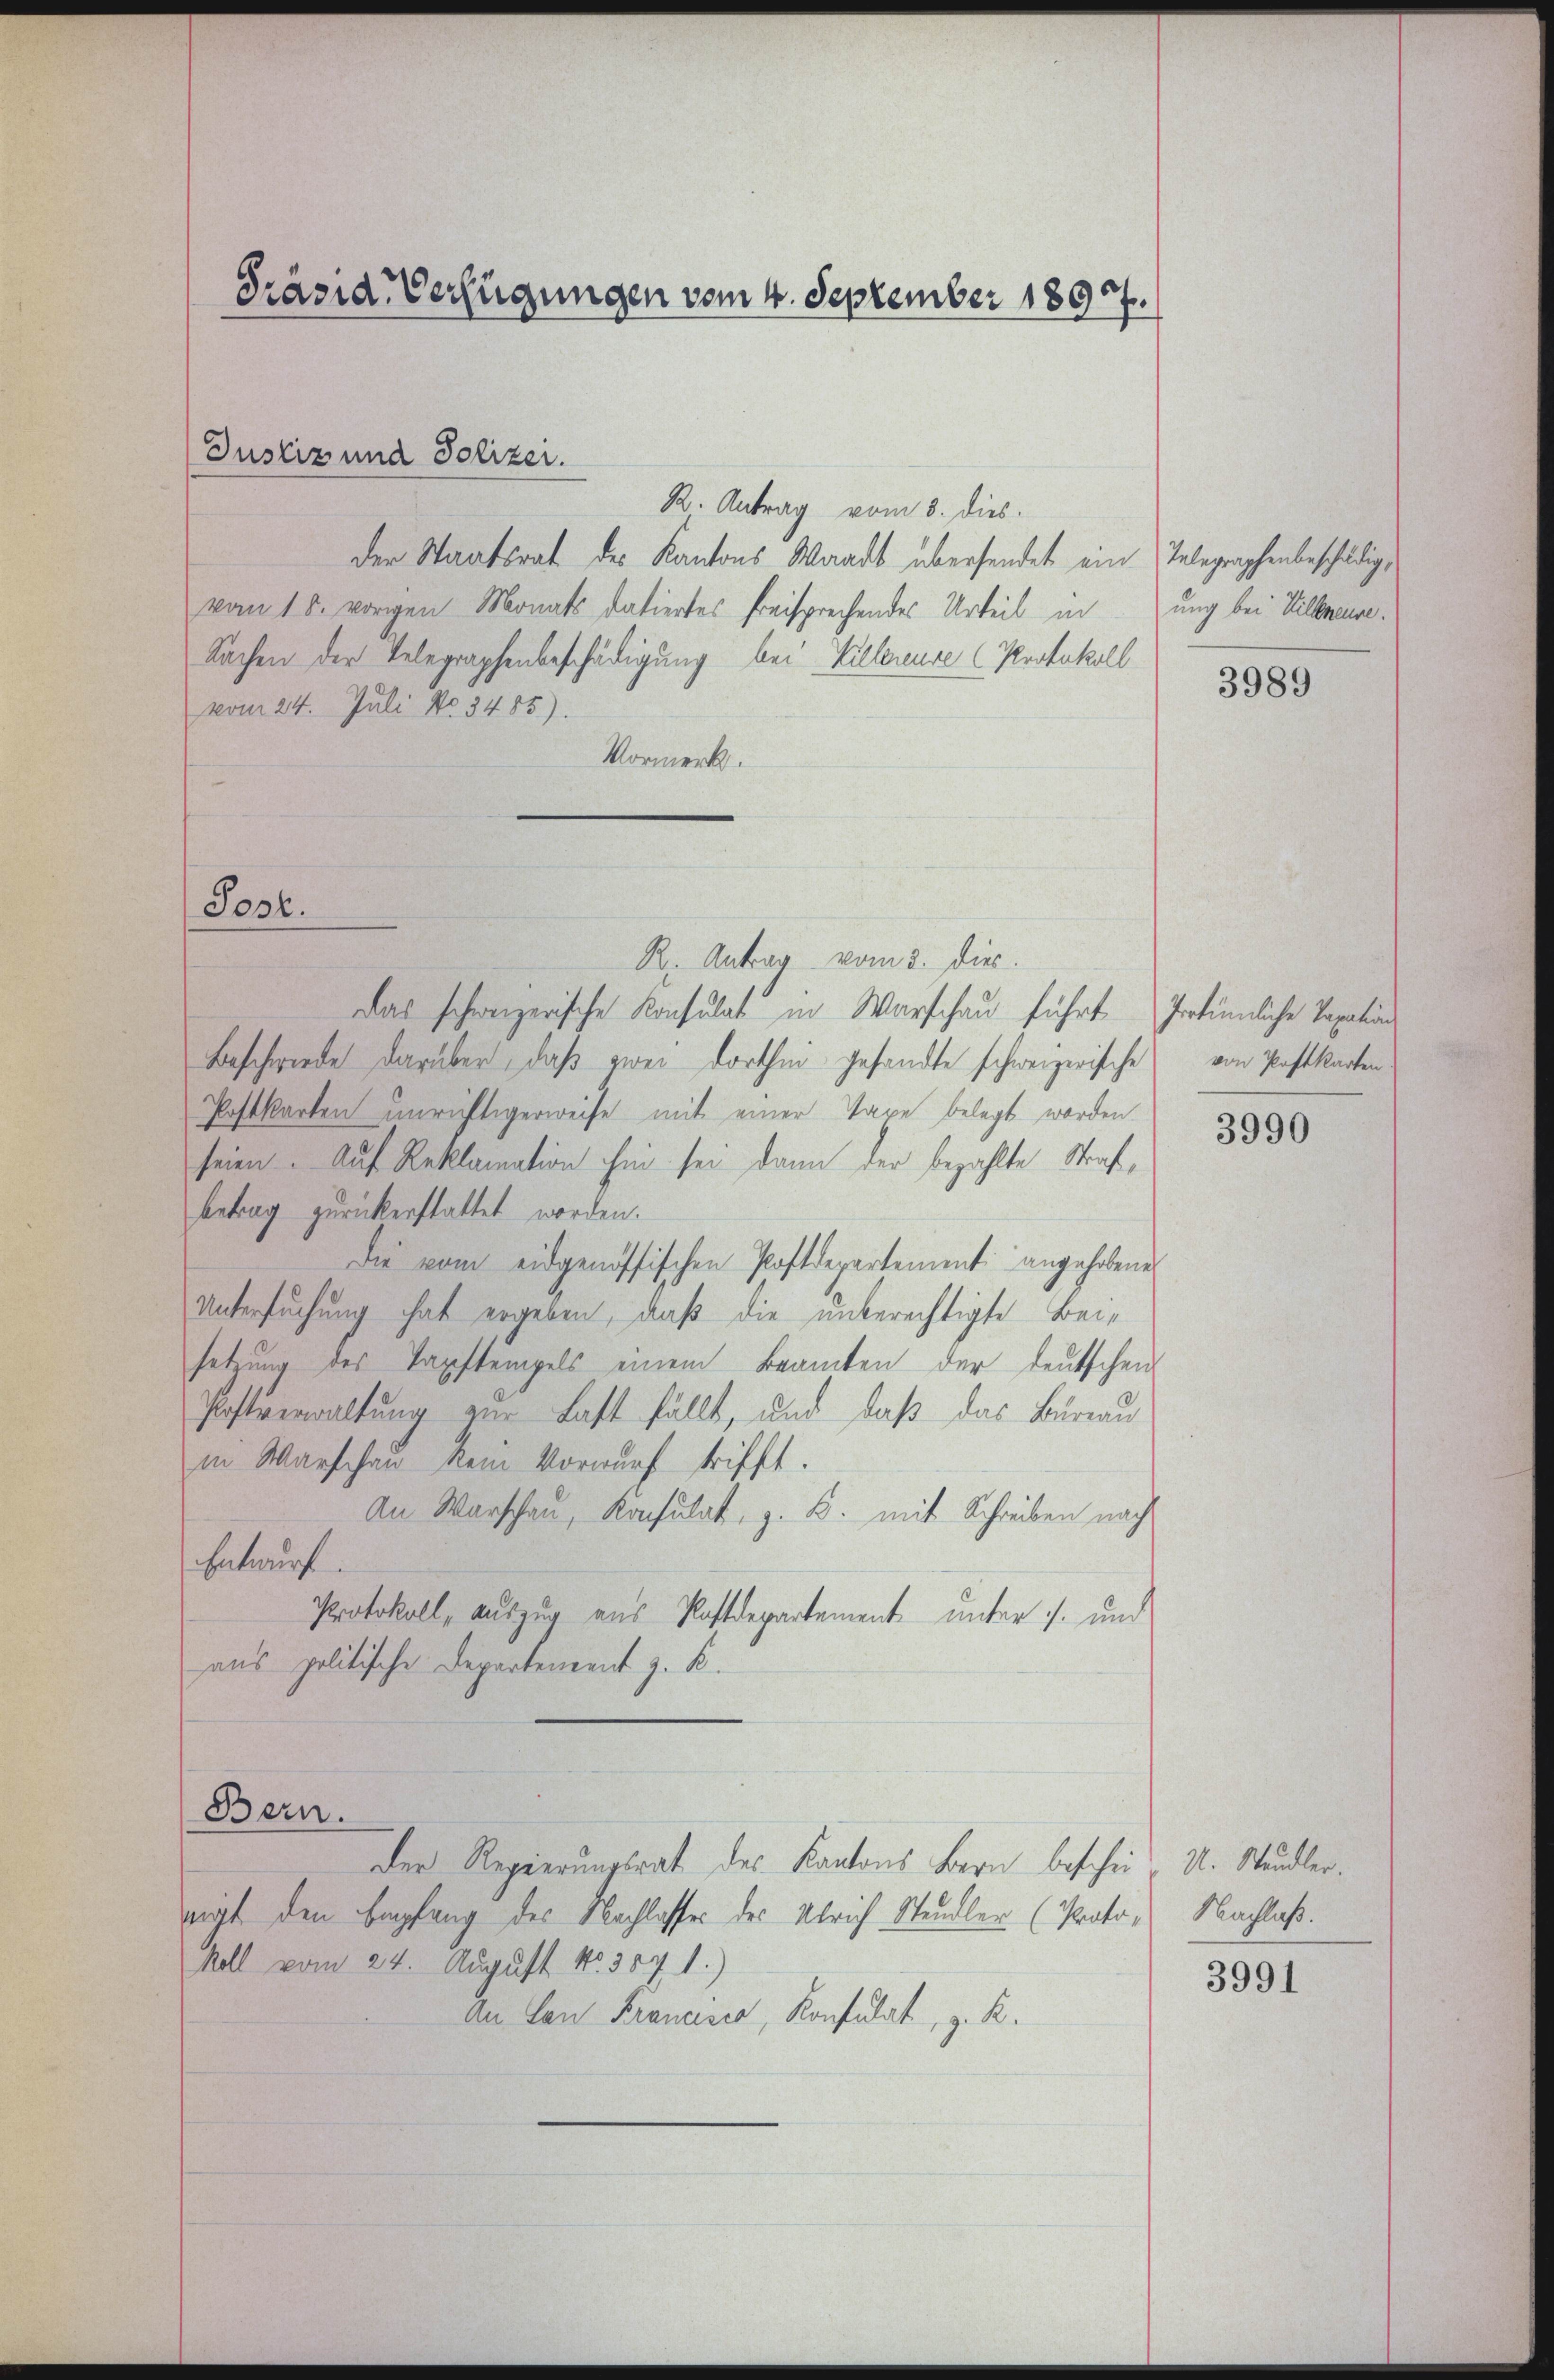
Justiz und Polizei.

R. Antrag vom 3. dies
Der Staatsrat des Kantons Waadt übersendet ein Telegraphenbeschädigvom 18. vorigen Monats datiertes freisprechendes Urteil in
Sachen der Telegraphenbeschädigung bei Villerende (Protokoll
vom 24. Juli No 3485).
Vormerk.

Post.

R. Antrag vom 3. dies.
Das schweizerische Konsulat in Warschau führt Irtümliche Taxation
Beschwerde darüber, daß zwei dorthin gesandte schweizerische von Postkarten
Postkarten unrichtigerweise mit einer Taxe belegt worden
seien. Auf Reklamation hin sei dann der bezahlte Straf,
betrag zurückerstattet worden.
Die vom eidgenössischen Postdepartement angehobene
Untersuchung hat ergeben, daß die unberechtigte Beisetzung des Tapstempels einem Beamten der deutschen
Postverwaltung zur Last fällt, und daß das Bureau
in Warschen kein Vorwurf trifft.
An Warschau, Konsulat, z. B. mit Schreiben nach
Entwurf.
Protokoll, auszug aus Postdepartement unter s. und
aus politische Departement z. B.
Bern.
Der Regierungsrat des Kantons Bern beschei- u. Ständler.
nigt den Empfang des Nachlasses des Ulrich Ständler (Proto- Nachlaß.
koll vom 24. August No. 307 1.)
An Lan Krancisco, Konsulat, z. R.

Präside Verfügungen vom 4. September 18977.

ung bei Villeneuse.

3989

3990

3991